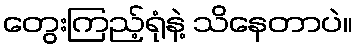
တွေးကြည့်ရုံနဲ့ သိနေတာပဲ။